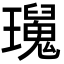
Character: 𤫅